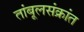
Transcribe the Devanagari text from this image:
तांबूलसंक्रांत